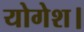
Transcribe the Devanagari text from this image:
योगेश।